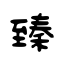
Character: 臻